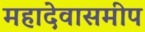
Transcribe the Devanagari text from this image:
महादेवासमीप